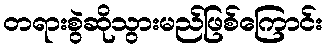
တရားစွဲဆိုသွားမည်ဖြစ်ကြောင်း